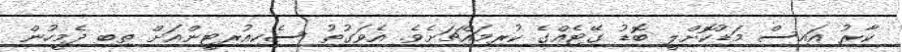
ކާރު އައިސް މަޑުކޮށްލީ ބޮޑު ގޭޓެއްގެ ކުރިމައްޗަށެވެ. އެވަގުތު ސެކިއުރިޓީންއަށް ތިބި ދެމީހުން